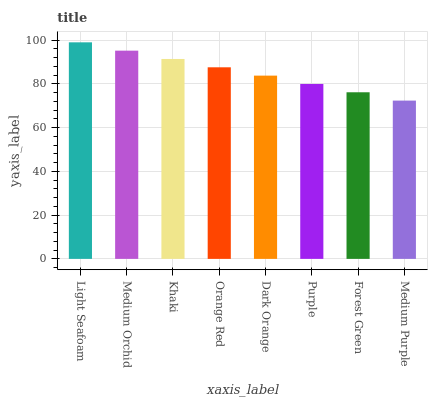
| xaxis_label | bars |
 | --- | --- |
 | Light Seafoam | 99 |
 | Medium Orchid | 95.2 |
 | Khaki | 91.4 |
 | Orange Red | 87.6 |
 | Dark Orange | 83.8 |
 | Purple | 80 |
 | Forest Green | 76.2 |
 | Medium Purple | 72.4 |